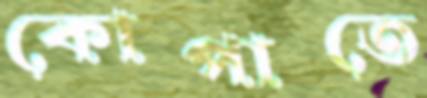
কোপাতে